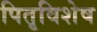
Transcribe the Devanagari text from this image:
पितृविशेष